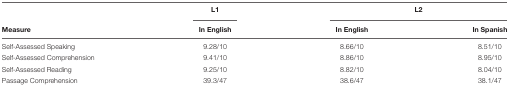
<table><thead><tr><td></td><td><b>L1</b></td><td colspan="2"><b>L2</b></td></tr><tr><td><b>Measure</b></td><td><b>In English</b></td><td><b>In English</b></td><td><b>In Spanish</b></td></tr></thead><tbody><tr><td>Self-Assessed Speaking</td><td>9.28/10</td><td>8.66/10</td><td>8.51/10</td></tr><tr><td>Self-Assessed Comprehension</td><td>9.41/10</td><td>8.86/10</td><td>8.95/10</td></tr><tr><td>Self-Assessed Reading</td><td>9.25/10</td><td>8.82/10</td><td>8.04/10</td></tr><tr><td>Passage Comprehension</td><td>39.3/47</td><td>38.6/47</td><td>38.1/47</td></tr></tbody></table>